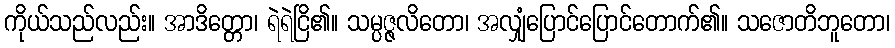
ကိုယ်သည်လည်း။ အာဒိတ္တော၊ ရဲရဲငြိ၏။ သမ္ပဇ္ဇလိတော၊ အလျှံပြောင်ပြောင်တောက်၏။ သဇောတိဘူတော၊